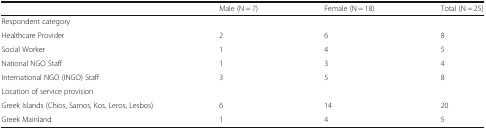
|  | Male (N = 7) | Female (N = 18) | Total (N = 25) |
 | --- | --- | --- | --- |
 | <COLSPAN=4> Respondent category |
 | Healthcare Provider | 2 | 6 | 8 |
 | Social Worker | 1 | 4 | 5 |
 | National NGO Staff | 1 | 3 | 4 |
 | International NGO (INGO) Staff | 3 | 5 | 8 |
 | <COLSPAN=4> Location of service provision |
 | Greek Islands (Chios, Samos, Kos, Leros, Lesbos) | 6 | 14 | 20 |
 | Greek Mainland | 1 | 4 | 5 |